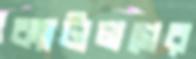
ক্যাটালগের